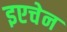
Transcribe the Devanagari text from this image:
इएचेन